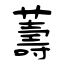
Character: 薵